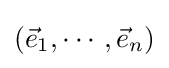
({\vec {e}}_{1},\cdots ,{\vec {e}}_{n})